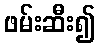
ဖမ်းဆီး၍